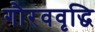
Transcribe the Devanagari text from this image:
गौरववृद्धि